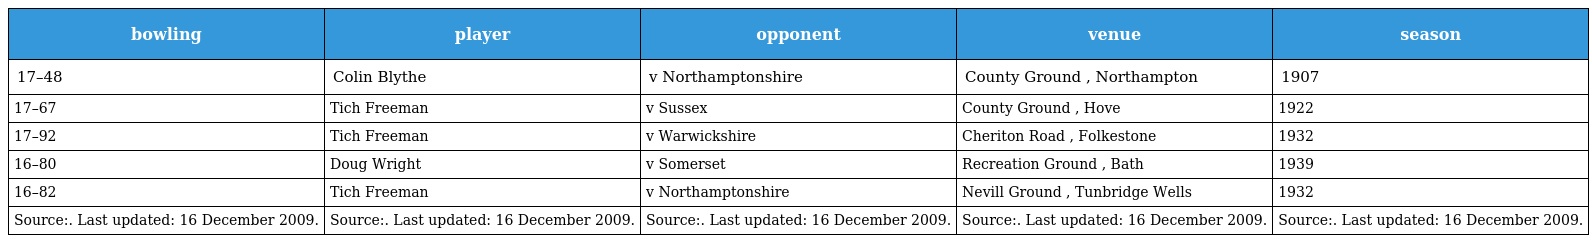
| bowling | player | opponent | venue | season |
 | --- | --- | --- | --- | --- |
 | 17–48 | Colin Blythe | v Northamptonshire | County Ground , Northampton | 1907 |
 | 17–67 | Tich Freeman | v Sussex | County Ground , Hove | 1922 |
 | 17–92 | Tich Freeman | v Warwickshire | Cheriton Road , Folkestone | 1932 |
 | 16–80 | Doug Wright | v Somerset | Recreation Ground , Bath | 1939 |
 | 16–82 | Tich Freeman | v Northamptonshire | Nevill Ground , Tunbridge Wells | 1932 |
 | Source:. Last updated: 16 December 2009. | Source:. Last updated: 16 December 2009. | Source:. Last updated: 16 December 2009. | Source:. Last updated: 16 December 2009. | Source:. Last updated: 16 December 2009. |